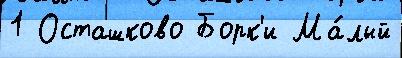
1 Осташково Борк'и Ма́лый